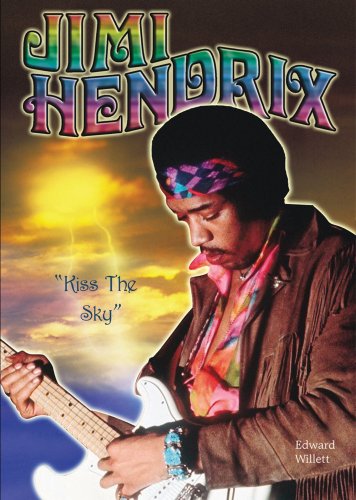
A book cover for Jimi Hendrix: Kiss the Sky (American Rebels); Edward Willett; Teen & Young Adult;